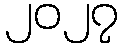
၂၀၂၇